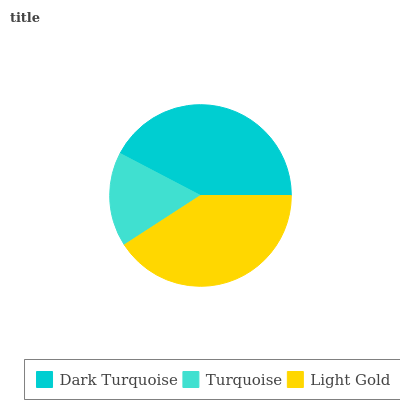
| Dark Turquoise | Turquoise | Light Gold |
 | --- | --- | --- |
 | 42.3% | 16.9% | 40.9% |